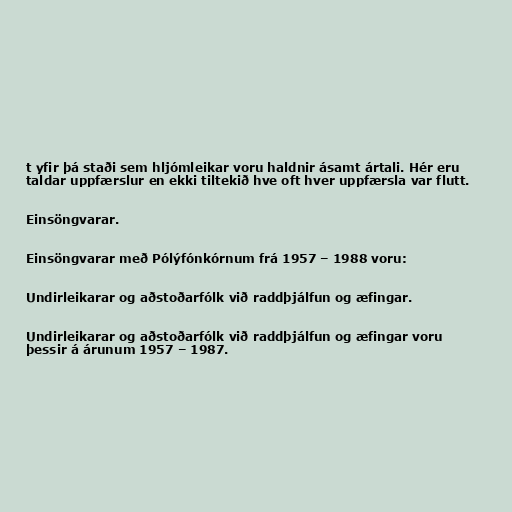
t yfir þá staði sem hljómleikar voru haldnir ásamt ártali. Hér eru
taldar uppfærslur en ekki tiltekið hve oft hver uppfærsla var flutt.

Einsöngvarar.

Einsöngvarar með Pólýfónkórnum frá 1957 – 1988 voru:

Undirleikarar og aðstoðarfólk við raddþjálfun og æfingar.

Undirleikarar og aðstoðarfólk við raddþjálfun og æfingar voru
þessir á árunum 1957 – 1987.